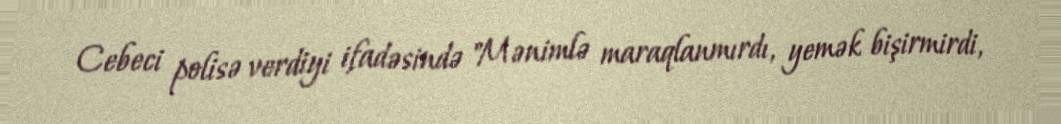
Cebeci polisə verdiyi ifadəsində "Mənimlə maraqlanmırdı, yemək bişirmirdi,